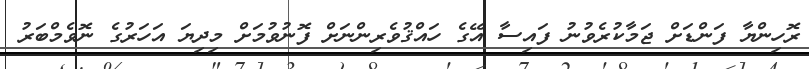
ރޮހިންޔާ ފަންޑަށް ޖަމާކުރެވުނު ފައިސާ އޭގެ ހައްޤުވެރިންނަށް ފޮނުވުމަށް މިދިޔަ އަހަރުގެ ނޮވެމްބަރު